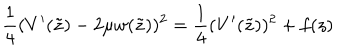
\frac 1 4 ( V ^ { \prime } ( \tilde { z } ) - 2 \mu w ( \tilde { z } ) ) ^ { 2 } = \frac 1 4 ( V ^ { \prime } ( \tilde { z } ) ) ^ { 2 } + f ( z )